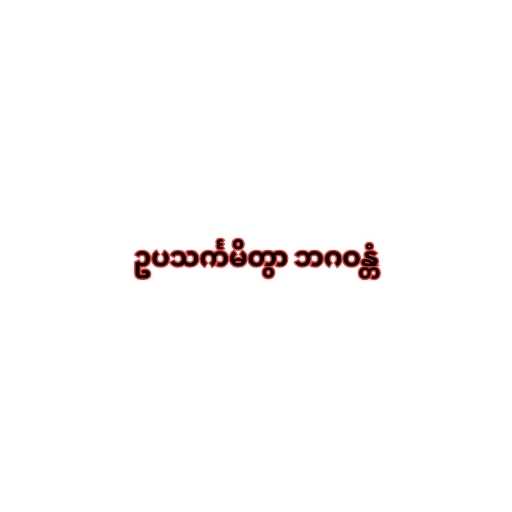
ဥပသင်္ကမိတွာ ဘဂဝန္တံ